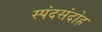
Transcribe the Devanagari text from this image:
स्पंदसंदोह